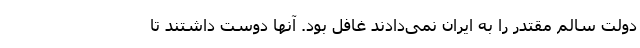
دولت سالم مقتدر را به ایران نمی‌دادند غافل بود. آنها دوست داشتند تا